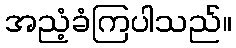
အညံ့ခံကြပါသည်။